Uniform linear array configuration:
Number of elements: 4
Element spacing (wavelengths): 1
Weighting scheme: kaiser
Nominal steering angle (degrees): -45
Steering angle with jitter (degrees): -44.085
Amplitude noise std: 0.05
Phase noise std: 0.05

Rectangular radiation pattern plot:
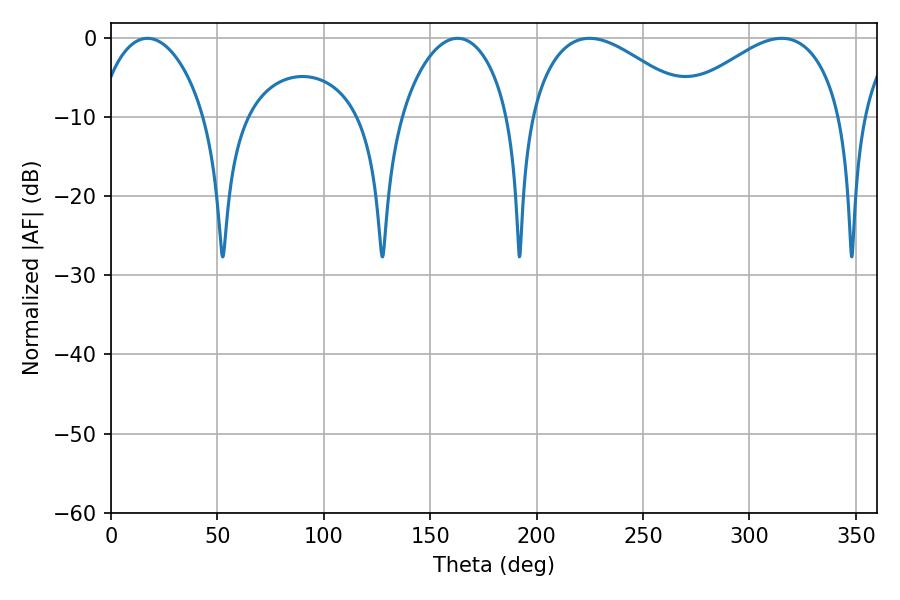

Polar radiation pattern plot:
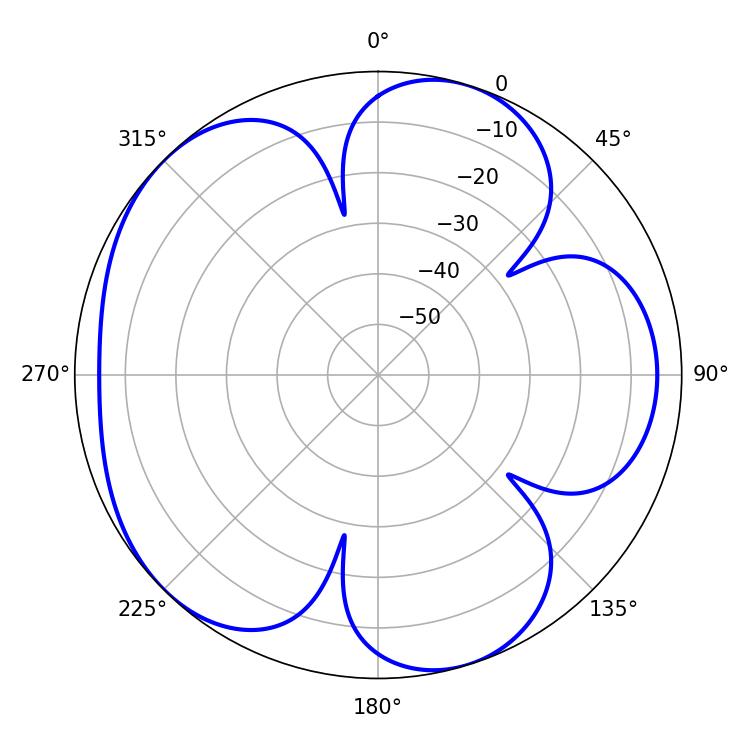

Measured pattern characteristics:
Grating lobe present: TRUE
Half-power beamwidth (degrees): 42.48
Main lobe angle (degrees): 315.18